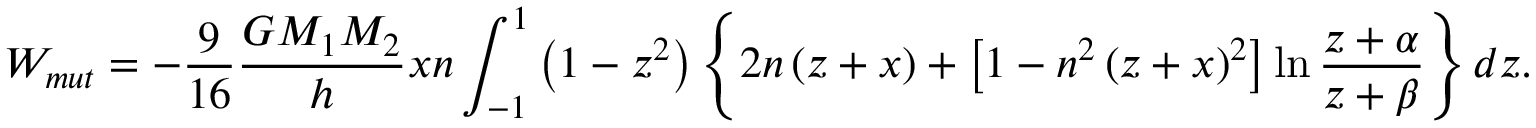
W _ { m u t } = \displaystyle - \frac { 9 } { 1 6 } \frac { G M _ { 1 } M _ { 2 } } { h } x n \int _ { - 1 } ^ { 1 } \left( 1 - z ^ { 2 } \right) \left\lbrace 2 n \left( z + x \right) + \left[ 1 - n ^ { 2 } \left( z + x \right) ^ { 2 } \right] \ln \frac { z + \alpha } { z + \beta } \right\rbrace d z .